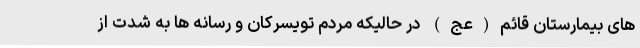
های بیمارستان قائم(عج) در حالیکه مردم تویسرکان و رسانه ها به شدت از